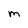
Character: m